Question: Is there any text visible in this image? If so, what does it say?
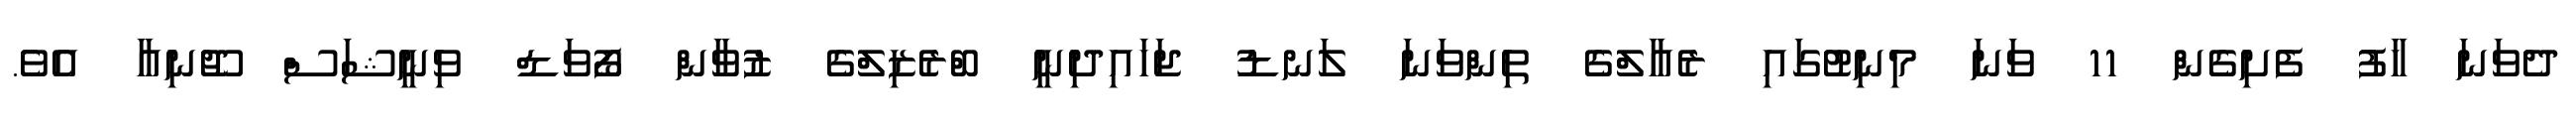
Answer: ދެވަނަ ހާފު ފެށިގެން 11 ވަނަ މިނިޓުގައި ރެއާލްގެ ތިންވަނަ ލަނޑު ޖަހައިދިނީ ބްރެޒިލްގެ ޒުވާން ފޯވަޑް ވިނީޝަސް ޖޫނިއާ އެވެ.